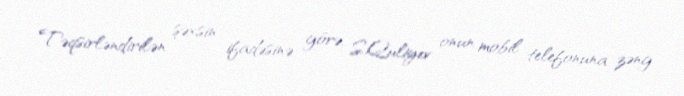
Təqsirləndirilən şəxsin ifadəsinə görə, S.Quliyev onun mobil telefonuna zəng